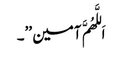
اَللَّھُمَّ آمین ’’۔